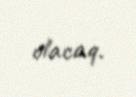
olacaq.